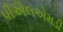
પીએલએમડી